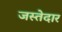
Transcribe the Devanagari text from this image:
जस्तेदार